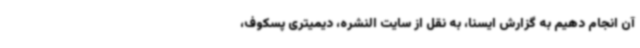
آن انجام دهیم به گزارش ایسنا، به نقل از سایت النشره، دیمیتری پسکوف،